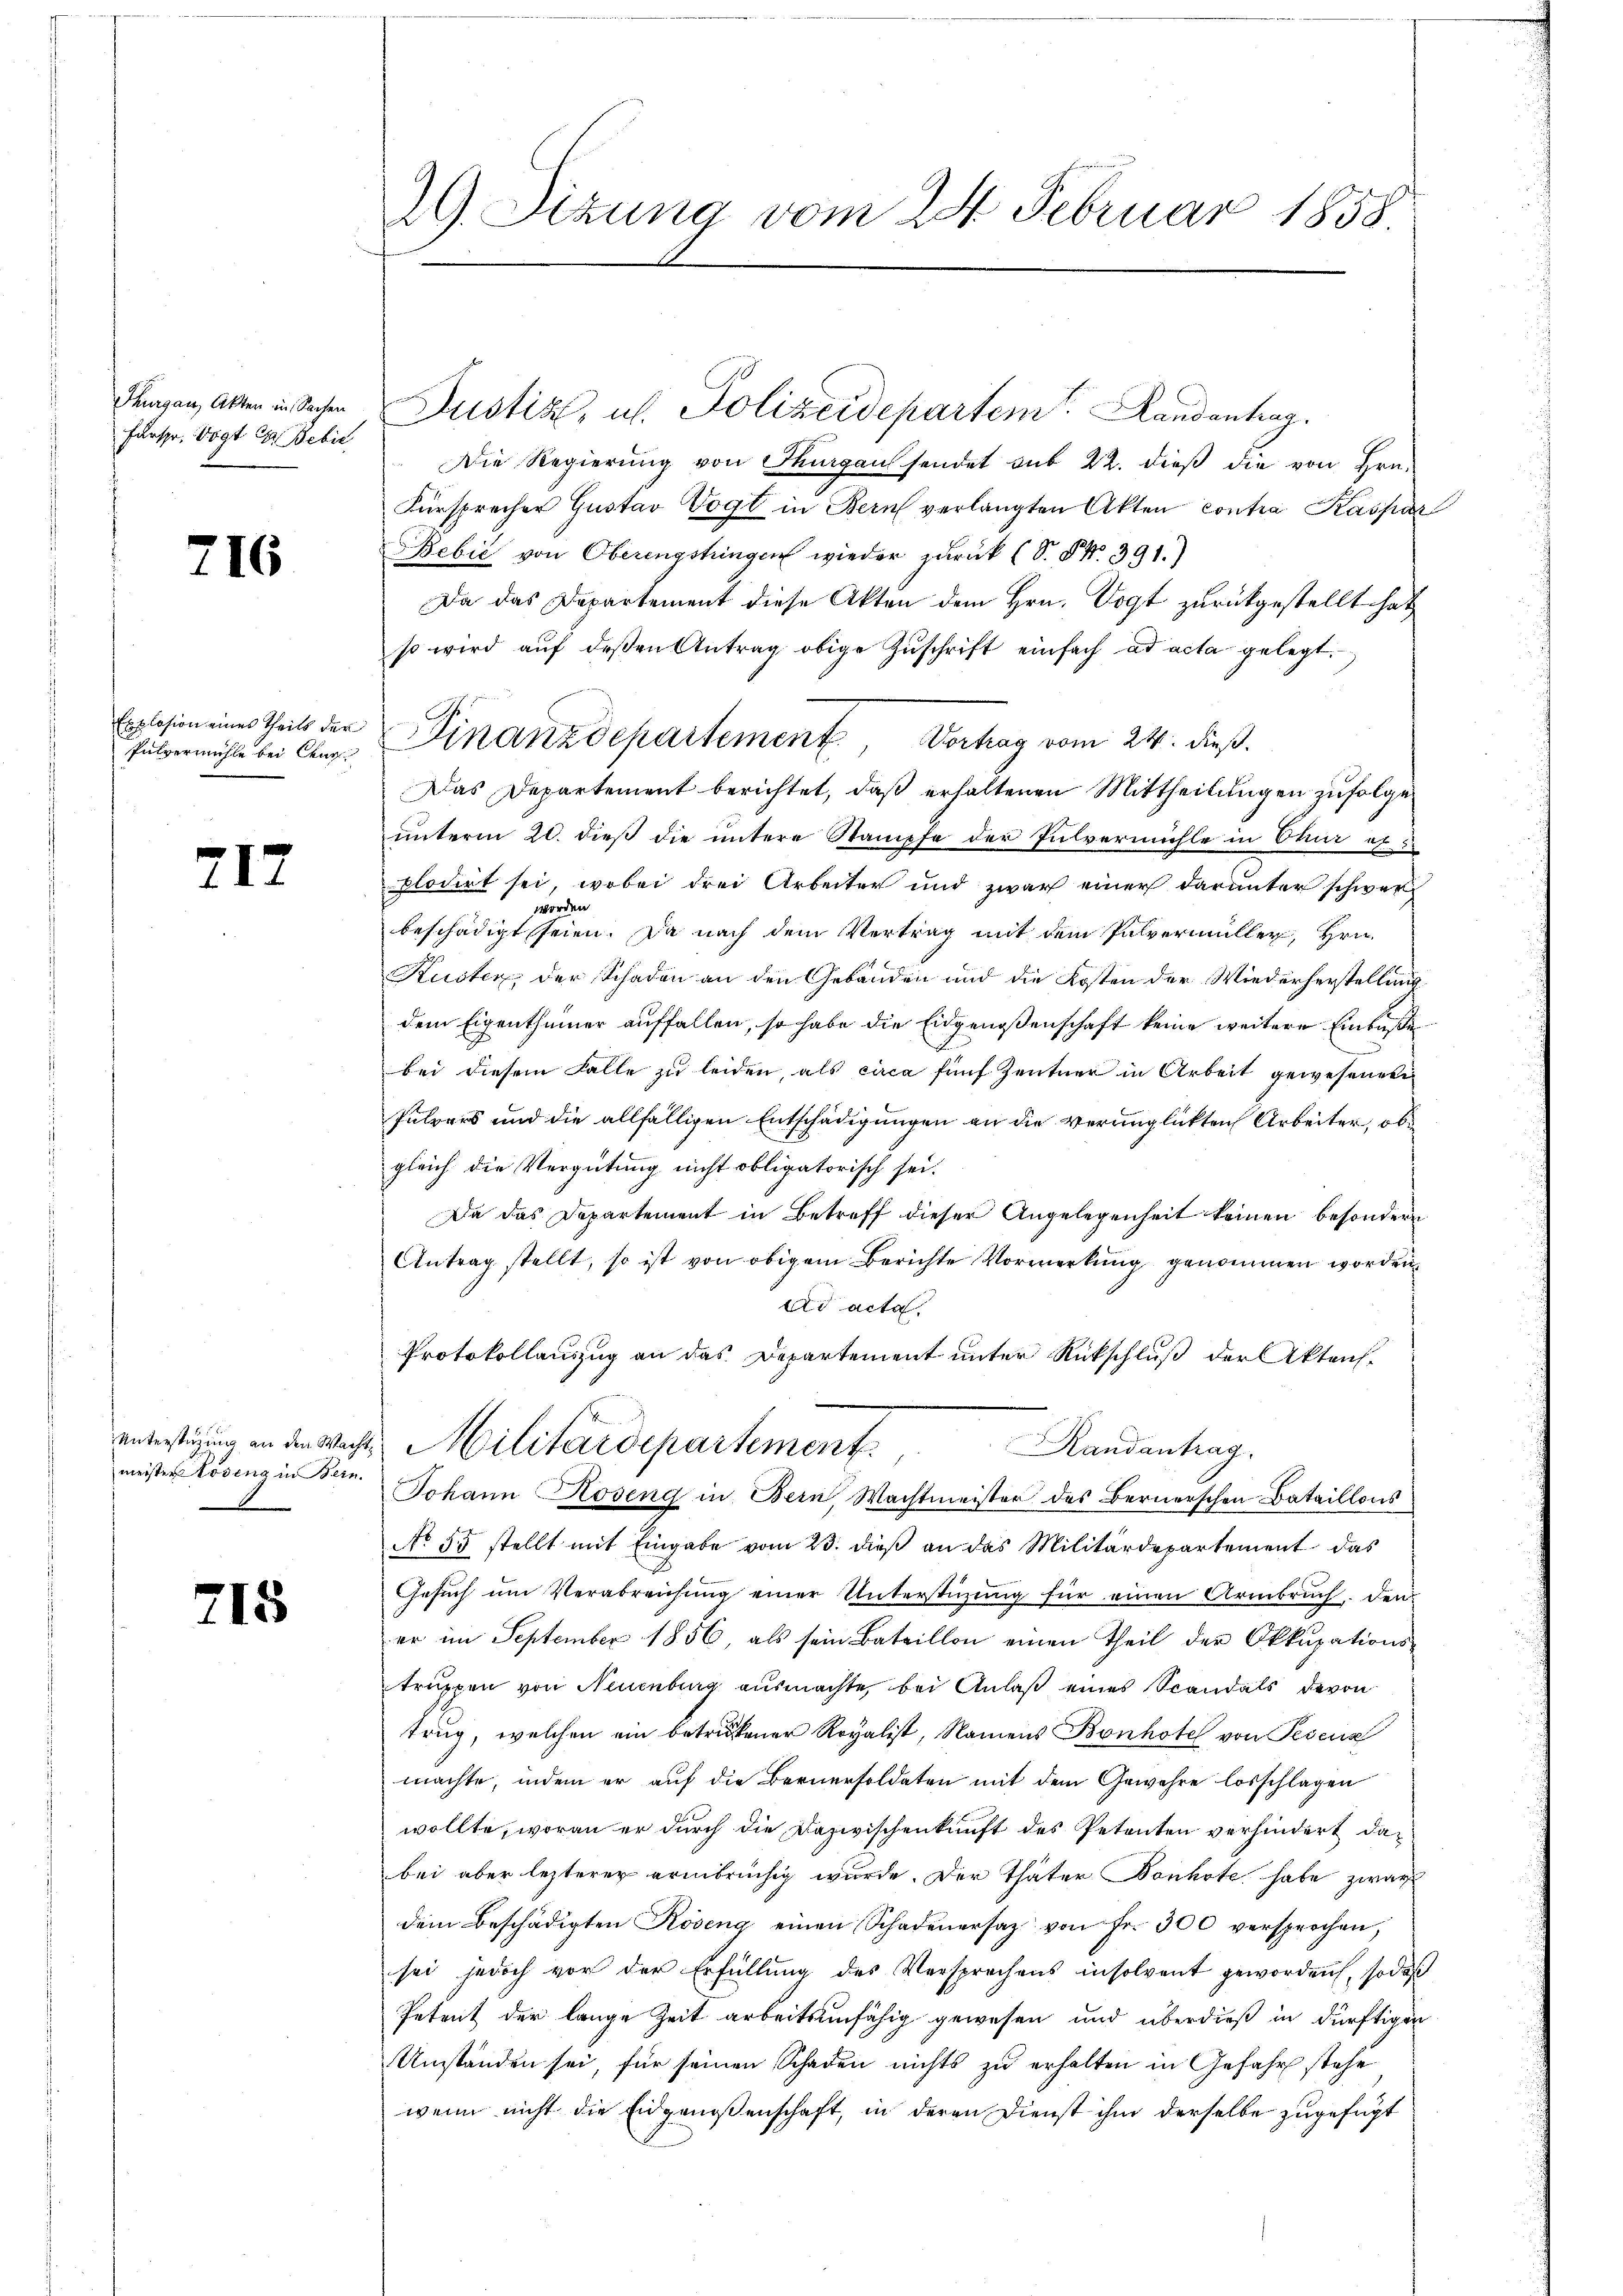
Thurgau, Akten in Sachen
Farspr. Vogt Dr. Bebie

216

Explosion eines Theils der
Pulvermühle bei Char

717

meister Lösung in Bern.

715

Die Regierŭng von Thurgau sendet sub 22. dieβ die von Hrn.
Fürsprecher Gustav Vogt in Bern verlangten Akten contra Kaspar
Bebić von Oberengstringen wieder zurück (S. § No. 391.)
Da das Departement diese Akten dem Hrn. Vogt zurückgestellt hat
so wird aŭf deβen Antrag obige Zŭschrift einfach ad acta gelegt.
Das Departement berichtet, daß erhaltenen Mittheilungen zufolge
unterm 20. dieß die untere Stampfe der Pulvermühle in Chur ex
plodirt sei, wobei drei Arbeiter und zwar einer darunter schwer
beschädigt seien. Da nach dem Vertrag mit dem Pulvermüller, Hrn.
Kuster, der Schaden an den Gebäuden und die Kosten der Wiederherstellung
dem Eigenthümer auffallen, so habe die Eidgenossenschaft keine weitere Einlaße
bei diesem Falle zu leiden, als circa fünf Zentner in Arbeit gewesenen
Pulvers und die allfälligen Entschädigungen an die verunglückten Arbeiter, ob
gleich die Vergütung nicht obligatorisch sei.
Da das Departement in Betreff dieser Angelegenheit keinen besondern
Antrag stellt, so ist von obigem Berichte Vormerkung genommen worden,
Ad acta
Protokollauszug an das Departement unter Rückschluß der Aktensuntertigung an den Wacht, Militärdepartement
Randantrag
Johann Roseng in Bern, Wachtmeister des Bernerschen Bataillons
No 55 stellt mit Eingabe vom 23. dieß an das Militärdepartement das
Gesŭch ŭm Verabreichŭng einer Unterstützŭng für einen Armbrŭch den
er im September 1856, als sein Bataillon einen Theil der Okkupations-
truppen von Neuenburg ausmachte, bei Anlaß eines Spandals davon
trug, welchen ein betriener Royalist, Namens Bonhotel von Pescun
machte, indem er auf die Bernersoldaten mit dem Gewehre losschlagen
wollte, woran er durch die Dazwischenkunft des Petenten verhindert dabei aber lezterer erinbrüchig wurde. Der Thäter Bonhote habe zwar
dem Beschädigten Roseng einen Schadenersaz von fr. 300 versprochen,
sei jedoch vor der Erfüllung des Versprochens insolvent geworden, sodaß
Petent der lange Zeit arbeitsunfähig gewesen und überdieß in dürftigen
Umständen sei, für seinen Schaden nichts zu erhalten in Gefahr stehe
wenn nicht die Eidgenossenschaft, in deren Dienst ihm derselbe zugefügt

29. Sizung vom 24. Februar 1858

Justiz, u. Polizeidepartem Landentrag.

Finanzdepartement, Vortrag vom 24. dieß.